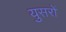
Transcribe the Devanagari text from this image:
युसरों